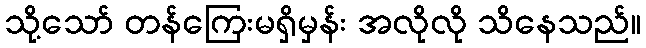
သို့သော် တန်ကြေးမရှိမှန်း အလိုလို သိနေသည်။